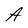
Character: A